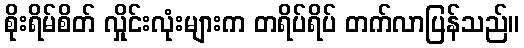
စိုးရိမ်စိတ် လှိုင်းလုံးများက တရိပ်ရိပ် တက်လာပြန်သည်။